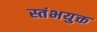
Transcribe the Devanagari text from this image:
स्तंभयुक्त